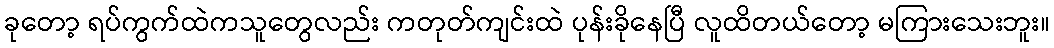
ခုတော့ ရပ်ကွက်ထဲကသူတွေလည်း ကတုတ်ကျင်းထဲ ပုန်းခိုနေပြီ လူထိတယ်တော့ မကြားသေးဘူး။